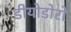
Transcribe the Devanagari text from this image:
डीयोडोरो